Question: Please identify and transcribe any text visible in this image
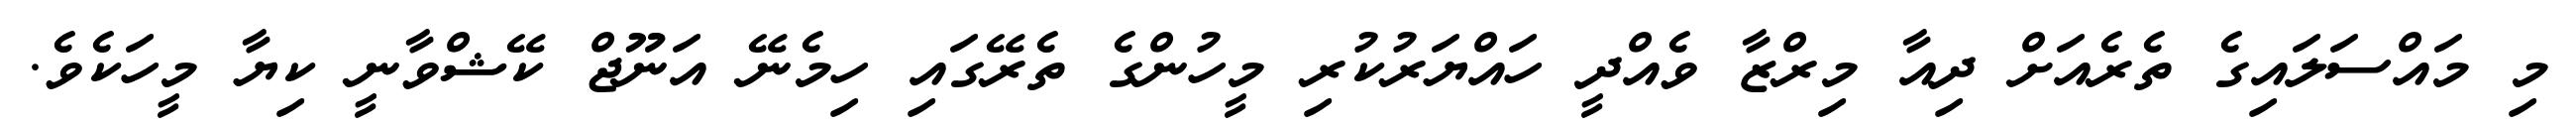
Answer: މި މައްސަލައިގެ ތެރެއަށް ދިއާ މިރްޒާ ވެއްދީ ހައްޔަރުކުރި މީހުންގެ ތެރޭގައި ހިމެނޭ އަނޫޖް ކޭޝްވާނީ ކިޔާ މީހަކެވެ.